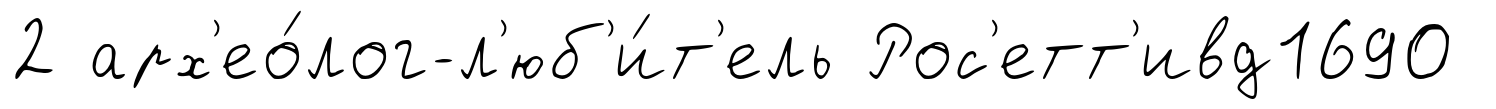
2 арх'ео́лог-л'юб'и́т'ель Рос'етт'ивд1690